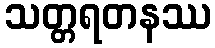
သတ္တရတနဿ